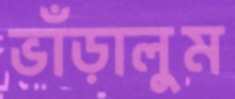
ভাঁড়ালুম